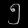
Digit: ၅